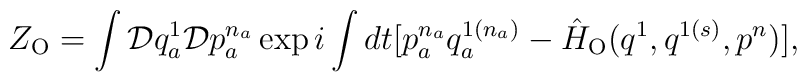
Z_{\rm O}=\int {\cal D}q_a^1{\cal D}p_a^{n_a} \exp i \int dt[p_a^{n_a}q_a^{1(n_a)} - \hat{H}_{\rm O}(q^1,q^{1(s)},p^n)],